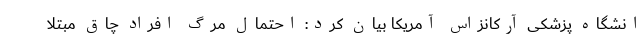
انشگاه پزشکی آرکانزاس آمریکا بیان کرد: احتمال مرگ افراد چاق مبتلا